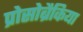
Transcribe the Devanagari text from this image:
प्रोसोब्रैकिया